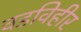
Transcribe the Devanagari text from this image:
वडविहीर